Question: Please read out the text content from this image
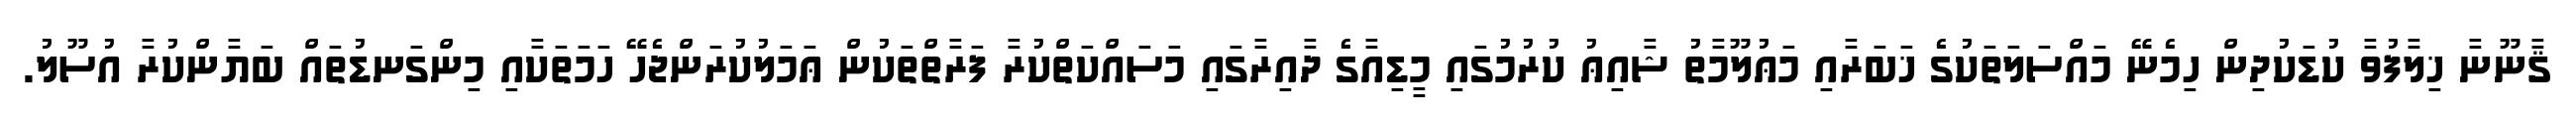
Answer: ޤާނޫނާ ޚިލާފުވާ ކުޑަކުދިން ހިމެނޭ މައްސަލަތަކުގެ ޚަބަރާއި މަޢުލޫމާތު ޝާއިޢު ކުރުމުގައި މީޑިއާގެ ދާއިރާގައި މަސައްކަތްކުރާ ފަރާތްތަކުން ޢަމަލުކުރަންޖެހޭ ހަމަތަކާއި މިންގަނޑުތައް ބަޔާންކުރާ އުސޫލު.